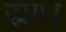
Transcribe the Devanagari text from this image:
स्रग्ध